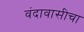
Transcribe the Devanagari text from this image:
वंदावासीचा